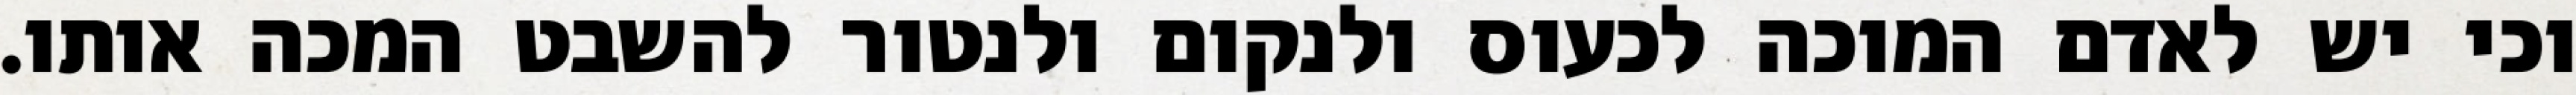
וכי יש לאדם המוכה לכעוס ולנקום ולנטור להשבט המכה אותו.